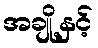
အချို့နှင့်